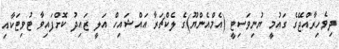
ދިވެހިރާއްޖޭގެ ގައުމީ ޔުނިވަސިޓީ (އެމްއެންޔޫ)ގެ ލެކްޗަރާ އައްޝައިހް އަލީ ޒައިދު ކޮށްފައިވާ ޓުވިޓަކާއި